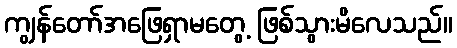
ကျွန်တော်အဖြေရှာမတွေ့ ဖြစ်သွားမိလေသည်။